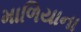
માળિયાના